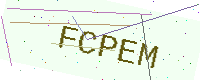
Text: FCPEM